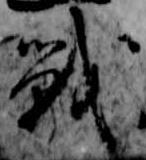
戦